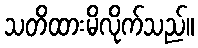
သတိထားမိလိုက်သည်။